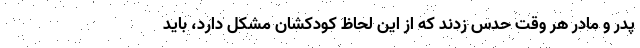
پدر و مادر هر وقت حدس زدند که از این لحاظ کودکشان مشکل دارد، باید